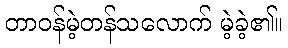
တာဝန်မဲ့တန်သလောက် မဲ့ခဲ့၏။